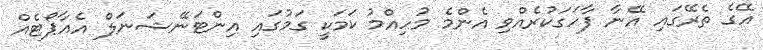
އޭގެ ތެރޭގައި އޭނާ ފާހަގަކުރެއްވި އެންމެ މުހިއްމު ކަމަކީ ގަމުގައި އިންޓަނޭޝަނަލް އެއާޕޯޓެއް